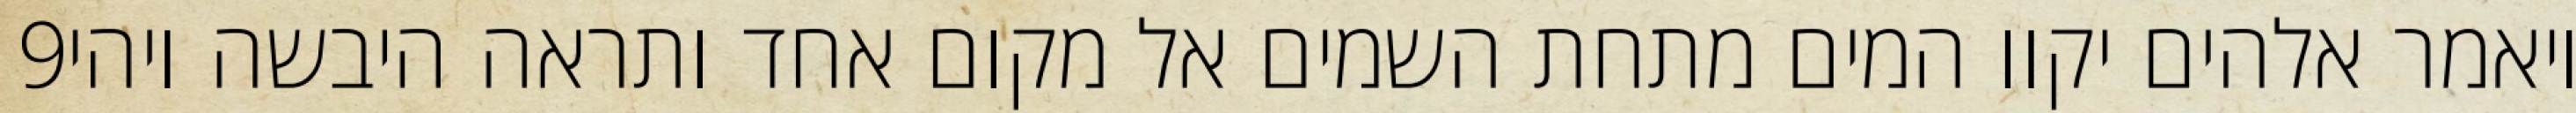
‎9‏ ויאמר אלהים יקוו המים מתחת השמים אל מקום אחד ותראה היבשה ויהי